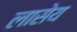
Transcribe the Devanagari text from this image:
लासेय